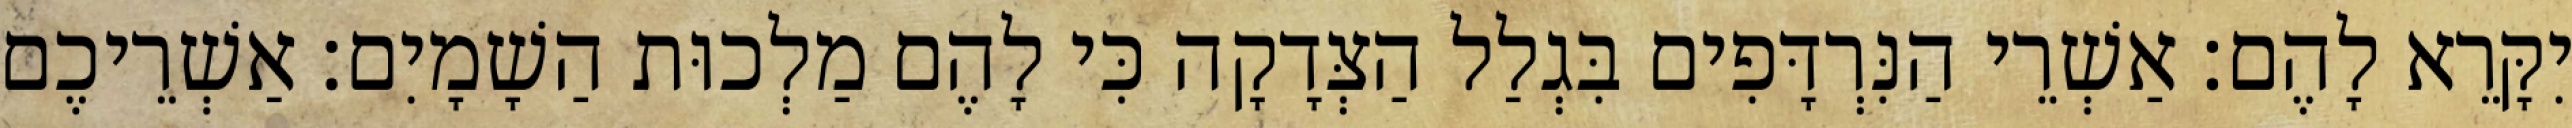
יִקָּרֵא לָהֶם׃ אַשְׁרֵי הַנִּרְדָּפִים בִּגְלַל הַצְּדָקָה כִּי לָהֶם מַלְכוּת הַשָׁמָיִם׃ אַשְׁרֵיכֶם